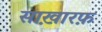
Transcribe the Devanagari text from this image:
साख़ारफ़